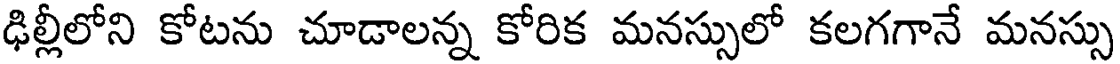
ఢిల్లీలోని కోటను చూడాలన్న కోరిక మనస్సులో కలగగానే మనస్సు